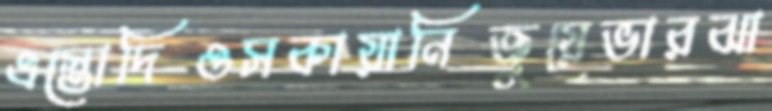
এস্তোদিওসকায়ানিজুয়েভারঝা